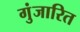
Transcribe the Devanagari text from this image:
गुंजारित